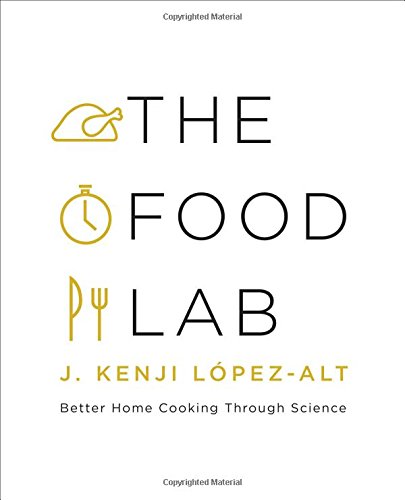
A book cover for The Food Lab: Better Home Cooking Through Science; J. Kenji LÃ³pez-Alt; Cookbooks, Food & Wine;